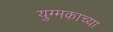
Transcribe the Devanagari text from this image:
युग्मकाच्या